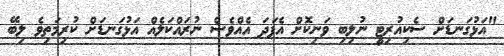
"އަޅުގަނޑަށް ސެކިއުރިޓީ ނުލިބި ވަނިކޮށް އެފަދަ އެއްވެސް ނުރައްކަލެއް އަޅުގަނޑަަށް ކުރިމަތިވެ ލިބޭ